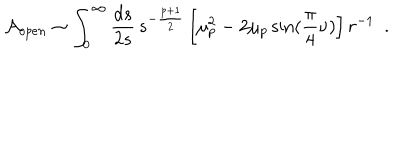
{ \cal A } _ { o p e n } \sim \int _ { 0 } ^ { \infty } { \frac { d s } { 2 s } } \, s ^ { - { \frac { p + 1 } { 2 } } } \left[ \mu _ { p } ^ { 2 } - 2 \mu _ { p } \sin ( { \frac { \pi } { 4 } } \nu ) \right] r ^ { - 1 } ~ ~ .